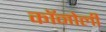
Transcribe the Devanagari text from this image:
कॉनोली